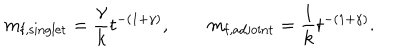
m _ { \mathrm { f , s i n g l e t } } = \frac { \gamma } { k } t ^ { - ( 1 + \gamma ) } , \qquad m _ { \mathrm { f , a d j o i n t } } = \frac { 1 } { k } t ^ { - ( 1 + \gamma ) } .